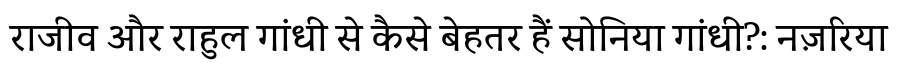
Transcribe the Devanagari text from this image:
राजीव और राहुल गांधी से कैसे बेहतर हैं सोनिया गांधी?: नज़रिया